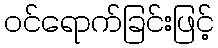
ဝင်ရောက်ခြင်းဖြင့်